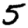
Digit: 5